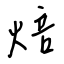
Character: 焙